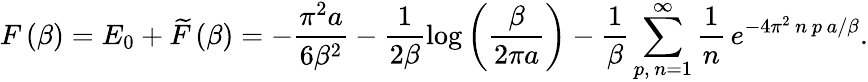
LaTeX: F\left(\beta\right)=E_{0}+\widetilde{F}\left(\beta\right)=-\frac{\pi^{2}a}{6\beta^{2}}-\frac{1}{2\beta}\log\left(\frac{\beta}{2\pi a}\right)-\frac{1}{\beta}\sum_{p,\, n=1}^{\infty}\frac{1}{n}\, e^{-4\pi^{2}\, n\, p\, a/\beta}.